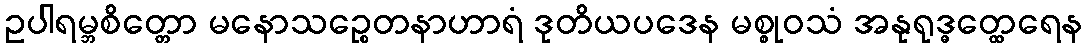
ဥပါရမ္ဘစိတ္တော မနောသဉ္စေတနာဟာရံ ဒုတိယပဒေန မစ္စုဝသံ အနုရုဒ္ဓတ္ထေရေန